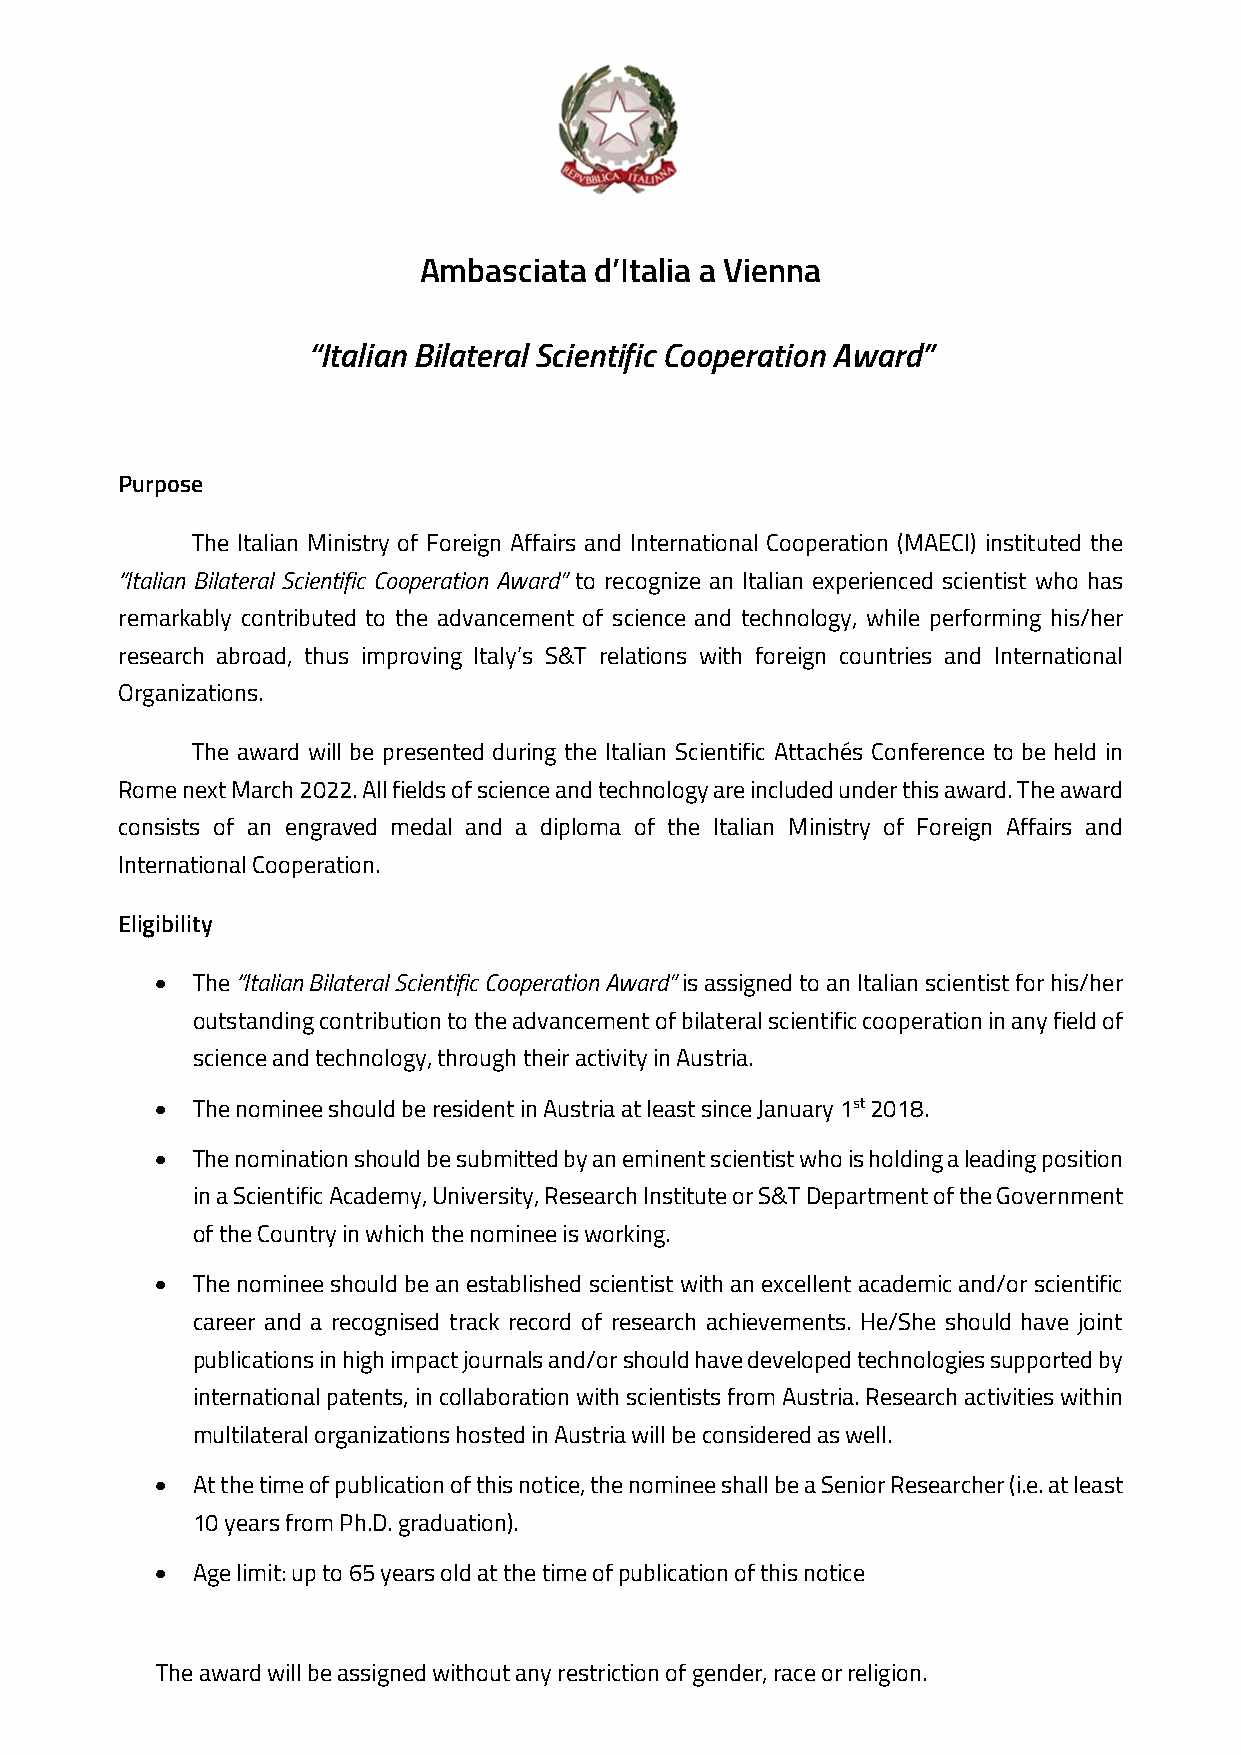
Ambasciata d’Italia a Vienna
 “Italian Bilateral Scientific Cooperation Award”
 Purpose
 The Italian Ministry of Foreign Affairs and International Cooperation (MAECI) instituted the
 “Italian Bilateral Scientific Cooperation Award” to recognize an Italian experienced scientist who has
 remarkably contributed to the advancement of science and technology, while performing his/her
 research abroad, thus improving Italy’s S&T relations with foreign countries and International
 Organizations.
 The award will be presented during the Italian Scientific Attachés Conference to be held in
 Rome next March 2022. All fields of science and technology are included under this award. The award
 consists of an engraved medal and a diploma of the Italian Ministry of Foreign Affairs and
 International Cooperation.
 Eligibility
   The “Italian Bilateral Scientific Cooperation Award” is assigned to an Italian scientist for his/her
 outstanding contribution to the advancement of bilateral scientific cooperation in any field of
 science and technology, through their activity in Austria.
   The nominee should be resident in Austria at least since January 1st 2018.
   The nomination should be submitted by an eminent scientist who is holding a leading position
 in a Scientific Academy, University, Research Institute or S&T Department of the Government
 of the Country in which the nominee is working.
   The nominee should be an established scientist with an excellent academic and/or scientific
 career and a recognised track record of research achievements. He/She should have joint
 publications in high impact journals and/or should have developed technologies supported by
 international patents, in collaboration with scientists from Austria. Research activities within
 multilateral organizations hosted in Austria will be considered as well.
   At the time of publication of this notice, the nominee shall be a Senior Researcher (i.e. at least
 10 years from Ph.D. graduation).
   Age limit: up to 65 years old at the time of publication of this notice
 The award will be assigned without any restriction of gender, race or religion.